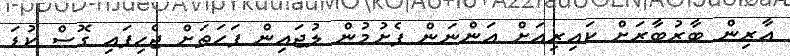
އާރިން ބާރުބާރަށް ކައިރިއަށް އަންނަން ފެށުމުން ލުޖައިން ފަހަތަށް ޖެހިފައި ގޮސް ކުޑަ